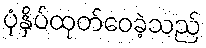
ပုံနှိပ်ထုတ်ဝေခဲ့သည်